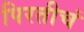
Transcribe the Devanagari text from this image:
पिरतीचं